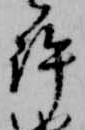
許